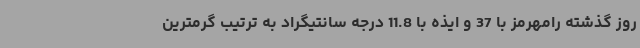
روز گذشته رامهرمز با 37 و ایذه با 11.8 درجه سانتیگراد به ترتیب گرمترین